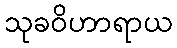
သုခဝိဟာရာယ